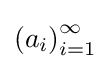
\left(a_{i}\right)_{i=1}^{\infty }